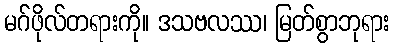
မဂ်ဖိုလ်တရားကို။ ဒသဗလဿ၊ မြတ်စွာဘုရား